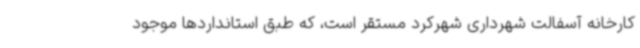
کارخانه آسفالت شهرداری شهرکرد مستقر است، که طبق استانداردها موجود